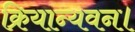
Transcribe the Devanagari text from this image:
क्रियान्यवन।